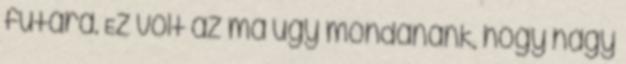
futára. Ez volt az ma úgy mondanánk, hogy nagy